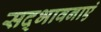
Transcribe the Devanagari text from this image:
सद्भावनाएं